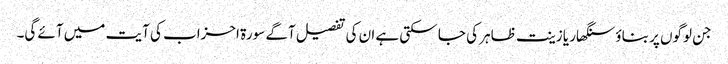
جن لوگوں پر بناؤ سنگھار یا زینت ظاہر کی جا سکتی ہے ان کی تفصیل آگے سورۃ احزاب کی آیت میں آئے گی۔